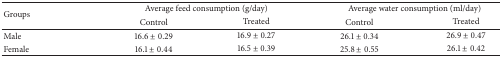
<table><thead><tr><td rowspan="2"><b>Groups</b></td><td colspan="2"><b> Average feed consumption (g/day)</b></td><td colspan="2"><b> Average water consumption (ml/day)</b></td></tr><tr><td><b>Control</b></td><td><b>Treated</b></td><td><b>Control</b></td><td><b>Treated</b></td></tr></thead><tbody><tr><td>Male </td><td>16.6 ± 0.29</td><td>16.9 ± 0.27</td><td>26.1 ± 0.34</td><td>26.9 ± 0.47</td></tr><tr><td>Female </td><td>16.1 ± 0.44</td><td>16.5 ± 0.39</td><td>25.8 ± 0.55</td><td>26.1 ± 0.42</td></tr></tbody></table>